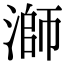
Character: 溮